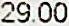
29.00